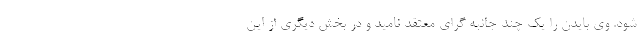
شود. وی بایدن را یک چند جانبه گرای معتقد نامید و در بخش دیگری از این